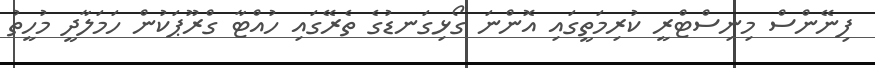
ފިނޭންސް މިނިސްޓްރީ ކުރިމަތީގައި އޮންނަ ގޯޅިގަނޑުގެ ތެރޭގައި ހުއްޓާ ގްރޫޕަކުން ހަމަލާދީ މުހީތު